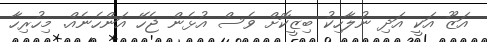
އަޒޫ އަކީ އަދި ނުލާހިކު ބިޒީކޮށް ވެސް އުޅެން ޖެހޭ އަންހެނެއް. މިހުރިހާ